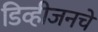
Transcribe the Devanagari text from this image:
डिव्हीजनचे